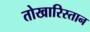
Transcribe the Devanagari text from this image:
तोखारिस्तान